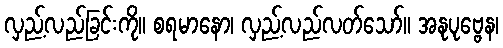
လှည့်လည်ခြင်းကို။ စရမာနော၊ လှည့်လည်လတ်သော်။ အနုပုဗ္ဗေန၊